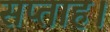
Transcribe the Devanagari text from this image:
सप्ताह।